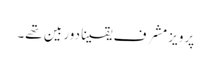
پرویز مشرف یقینا دور بین تھے۔